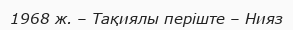
1968 ж. – Тақиялы періште – Нияз